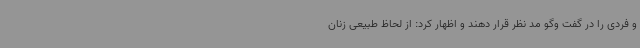
و فردی را در گفت وگو مد نظر قرار دهند و اظهار کرد: از لحاظ طبیعی زنان